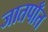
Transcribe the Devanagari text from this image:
जातपाँत